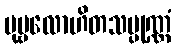
ပုဗ္ဗလောဟိတသမ္ပုဏ္ဏံ